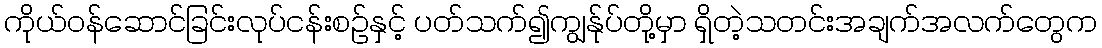
ကိုယ်ဝန်ဆောင်ခြင်းလုပ်ငန်းစဥ်နှင့် ပတ်သက်၍ကျွန်ုပ်တို့မှာ ရှိတဲ့သတင်းအချက်အလက်တွေက